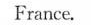
France.